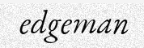
edgeman